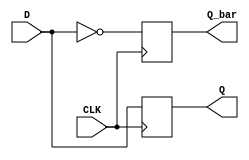
module d_flip_flop (
    input wire D,
    input wire CLK,
    output reg Q,
    output reg Q_bar
);

always @(negedge CLK)
begin
    Q <= D;
    Q_bar <= ~D;
end

endmodule